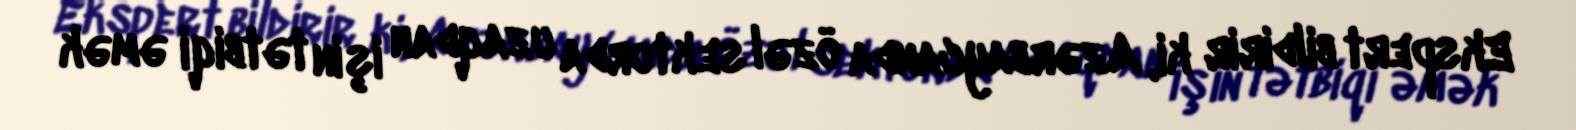
Ekspert bildirir ki, Azərbaycanda özəl sektorda uzaqdan işin tətbiqi əmək